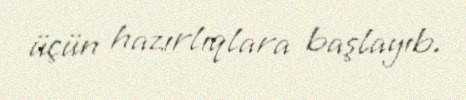
üçün hazırlıqlara başlayıb.